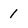
Character: 1